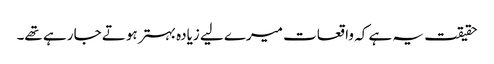
حقیقت یہ ہے کہ واقعات میرے لیے زیادہ بہتر ہوتے جا رہے تھے۔